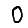
Digit: 0